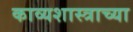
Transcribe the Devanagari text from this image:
काव्यशास्त्राच्या